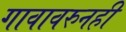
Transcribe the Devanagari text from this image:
गावावरुनही